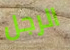
الرجل